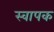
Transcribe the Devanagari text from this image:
स्‍वापक